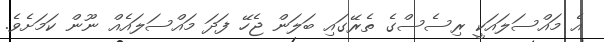
އެ މައްސަލައަކީ ރިސެސްގެ ތެރޭގައި ބަލަން ޖެހޭ ފަދަ މައްސަލައެއް ނޫން ކަމަށެވެ.